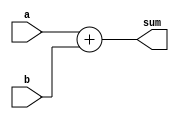
module adder(input [31:0]a,
input [31:0]b,
output [31:0]sum);

assign sum=a+b ;

endmodule